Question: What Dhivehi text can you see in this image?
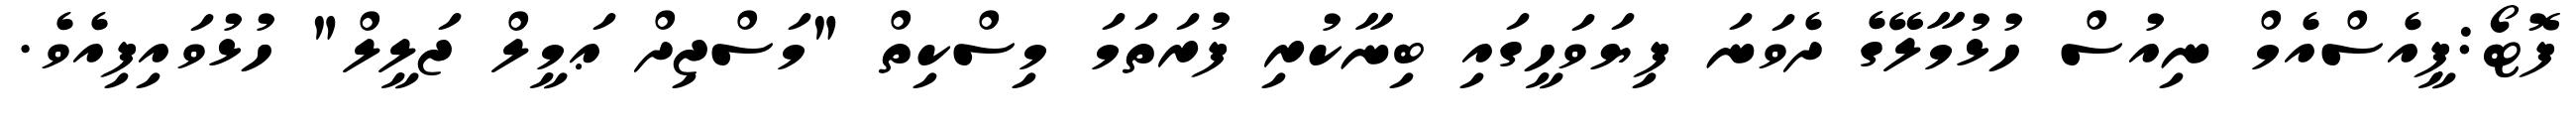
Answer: ފޮޓޯ:ޕީއެސްއެމް ނިއުސް ހުޅުމާލޭގެ ދެވަނަ ފިޔަވަހީގައި ބިނާކުރި ފުރަތަމަ މިސްކިތް "މަސްޖިދް ޢަމީލް ޖަލީލް" ހުޅުވައިފިއެވެ.